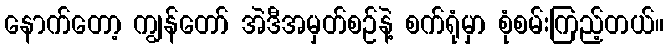
နောက်တော့ ကျွန်တော် အဲဒီအမှတ်စဉ်နဲ့ စက်ရုံမှာ စုံစမ်းကြည့်တယ်။